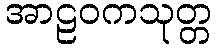
အာဠဝကသုတ္တ